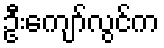
ဦးကျော်လွင်က